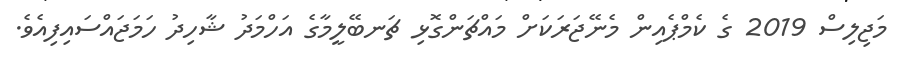
މަޖިލިސް 2019 ގެ ކެމްޕެއިން މެނޭޖަރަކަށް މައްޗަންގޮޅި ޗަނބޭލީމާގެ އަހްމަދު ޝާހިދު ހަމަޖައްސައިފިއެވެ.